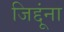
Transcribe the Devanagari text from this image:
जिद्दूंना